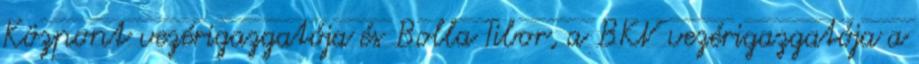
Központ vezérigazgatója és Bolla Tibor, a BKV vezérigazgatója a